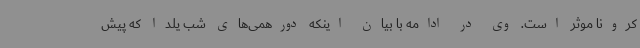
کرونا موثر است. وی در ادامه با بیان اینکه دورهمی‌های شب یلدا که پیش